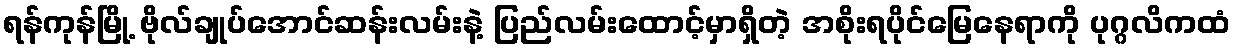
ရန်ကုန်မြို့ ဗိုလ်ချုပ်အောင်ဆန်းလမ်းနဲ့ ပြည်လမ်းထောင့်မှာရှိတဲ့ အစိုးရပိုင်မြေနေရာကို ပုဂ္ဂလိကထံ